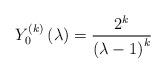
LaTeX: \begin{align*}Y_{0}^{\left( k\right) }\left( \lambda \right) =\frac{2^{k}}{\left( \lambda-1\right) ^{k}} \end{align*}